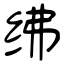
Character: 绋